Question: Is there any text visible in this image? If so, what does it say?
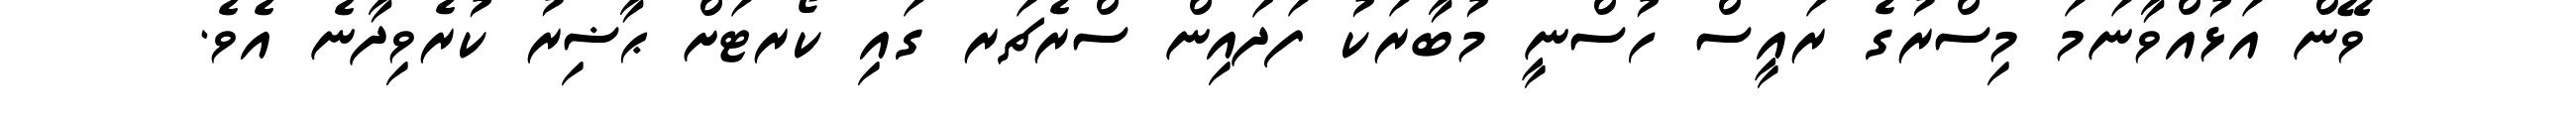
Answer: ވޭން އަޅުއްވާނަމަ މިސްރުގެ ރައީސް ހުސްނީ މުބާރަކު ފަދައިން ސްރެޗަރ ގައި ކޯރޓަށް ޙާޟިރު ކުރެވިދާނެ އެވެ.